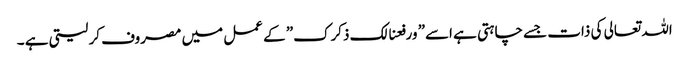
اللہ تعالی کی ذات جسے چاہتی ہے اسے” ورفعنالک ذکرک” کے عمل میں مصروف کر لیتی ہے ۔